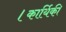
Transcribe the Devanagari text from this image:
।कार्यिकी